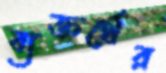
ব্যক্তর্থের